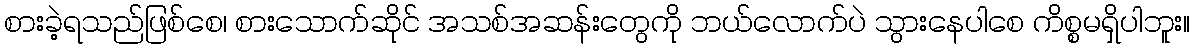
စားခဲ့ရသည်ဖြစ်စေ၊ စားသောက်ဆိုင် အသစ်အဆန်းတွေကို ဘယ်လောက်ပဲ သွားနေပါစေ ကိစ္စမရှိပါဘူး။